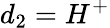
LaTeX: d_{2}=H^{+}